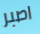
اصبر